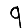
Digit: 9